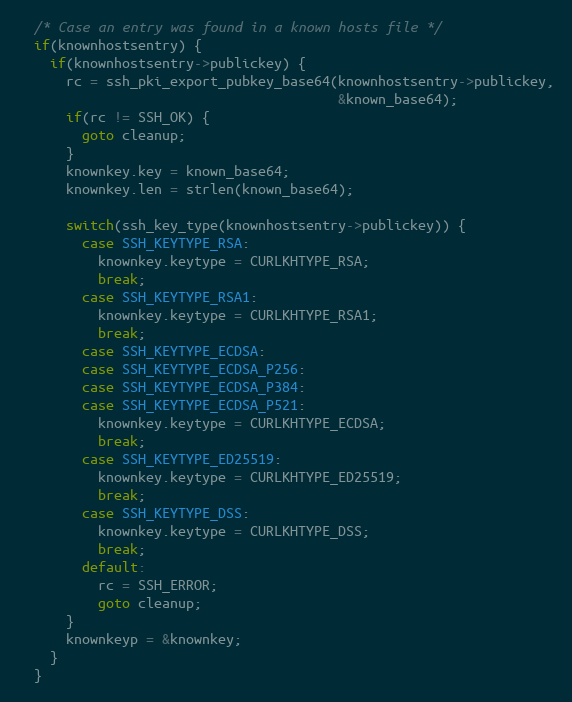
Language: C
  /* Case an entry was found in a known hosts file */
  if(knownhostsentry) {
    if(knownhostsentry->publickey) {
      rc = ssh_pki_export_pubkey_base64(knownhostsentry->publickey,
                                        &known_base64);
      if(rc != SSH_OK) {
        goto cleanup;
      }
      knownkey.key = known_base64;
      knownkey.len = strlen(known_base64);

      switch(ssh_key_type(knownhostsentry->publickey)) {
        case SSH_KEYTYPE_RSA:
          knownkey.keytype = CURLKHTYPE_RSA;
          break;
        case SSH_KEYTYPE_RSA1:
          knownkey.keytype = CURLKHTYPE_RSA1;
          break;
        case SSH_KEYTYPE_ECDSA:
        case SSH_KEYTYPE_ECDSA_P256:
        case SSH_KEYTYPE_ECDSA_P384:
        case SSH_KEYTYPE_ECDSA_P521:
          knownkey.keytype = CURLKHTYPE_ECDSA;
          break;
        case SSH_KEYTYPE_ED25519:
          knownkey.keytype = CURLKHTYPE_ED25519;
          break;
        case SSH_KEYTYPE_DSS:
          knownkey.keytype = CURLKHTYPE_DSS;
          break;
        default:
          rc = SSH_ERROR;
          goto cleanup;
      }
      knownkeyp = &knownkey;
    }
  }